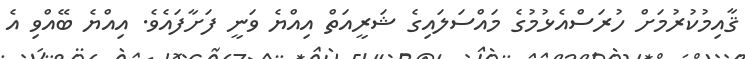
ޤާއިމުކުރުމަށް ހުރަސްއެޅުމުގެ މައްސަލައިގެ ޝަރީއަތް އިއްޔެ ވަނީ ފަށާފައެވެ. އިއްޔެ ބޭއްވި އެ